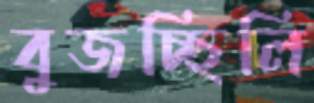
বুজচ্ছিলি